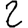
Digit: 2